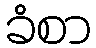
ခံစာ